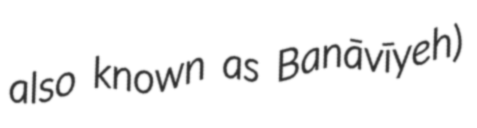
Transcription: also known as Banāvīyeh)